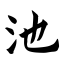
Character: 池